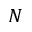
N